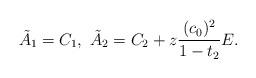
LaTeX: \begin{align*}\tilde{A}_{1} = C_{1},\ \tilde{A}_{2} = C_{2} + z \frac{(c_{0})^{2}}{1-t_{2}} E.\end{align*}